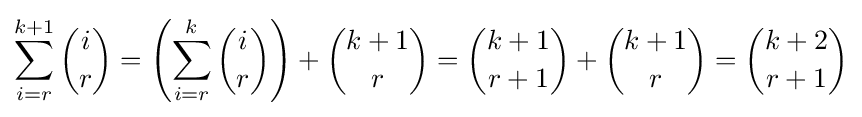
\sum _{i=r}^{k+1}{i \choose r}=\left(\sum _{i=r}^{k}{i \choose r}\right)+{k+1 \choose r}={k+1 \choose r+1}+{k+1 \choose r}={k+2 \choose r+1}